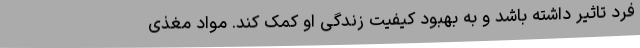
فرد تاثیر داشته باشد و به بهبود کیفیت زندگی او کمک کند. مواد مغذی